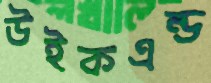
উইকএন্ড